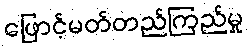
ဖြောင့်မတ်တည်ကြည်မှု